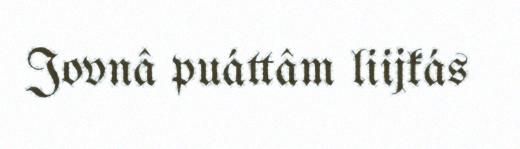
Jovnâ puáttâm liijkás